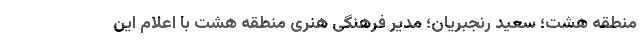
منطقه هشت؛ سعید رنجبریان؛ مدیر فرهنگی هنری منطقه هشت با اعلام این